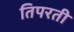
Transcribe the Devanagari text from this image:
तिपरती